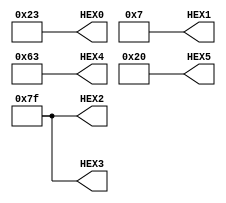
module PS2_ZAD10(
	output [6:0] HEX0, HEX1, HEX2, HEX3, HEX4, HEX5);
		assign HEX0=7'b0100011;		//	o
		assign HEX1=7'b0000111;		// t
		assign HEX2=7'b1111111; 	//spacja
		assign HEX3=7'b1111111; 	//spacja
		assign HEX4=7'b1100011;		// u
		assign HEX5=7'b0100000;		// a
		
endmodule